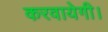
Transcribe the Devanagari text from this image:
करवायेगी।